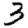
Digit: 3